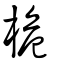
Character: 桅